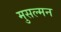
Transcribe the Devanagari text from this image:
मुसल्मन